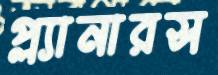
প্ল্যানারস